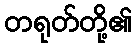
တရုတ်တို့၏